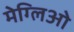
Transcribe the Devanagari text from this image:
मेग्लिओ